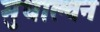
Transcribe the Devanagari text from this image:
मुधाल्वन